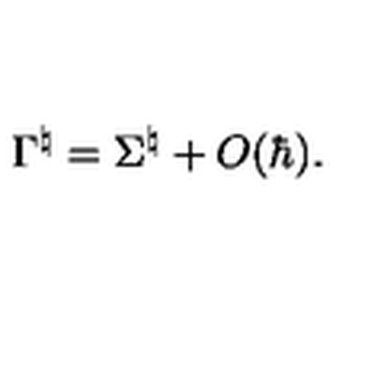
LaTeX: { \Gamma } ^ { \natural } = { \Sigma } ^ { \natural } + O ( \hbar ) .